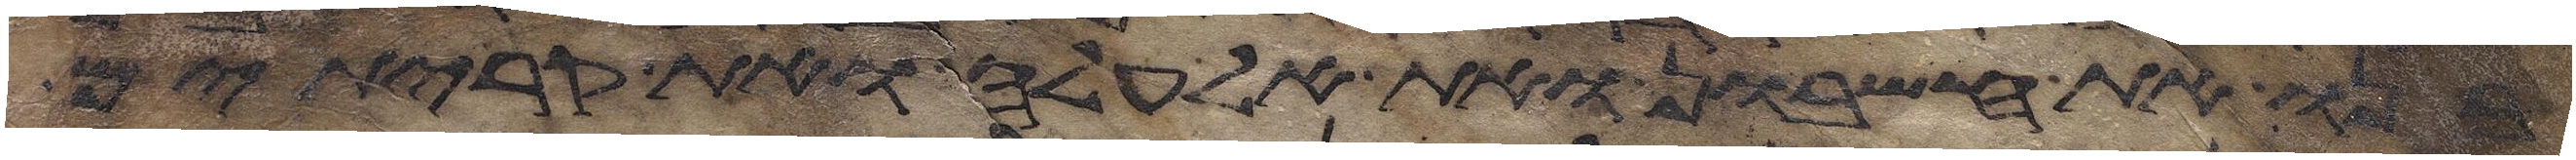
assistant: בנו את חשבון ואת אלעלה ואת קריתים